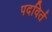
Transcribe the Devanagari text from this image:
पदविर्त